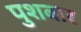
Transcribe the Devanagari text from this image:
पुशबार